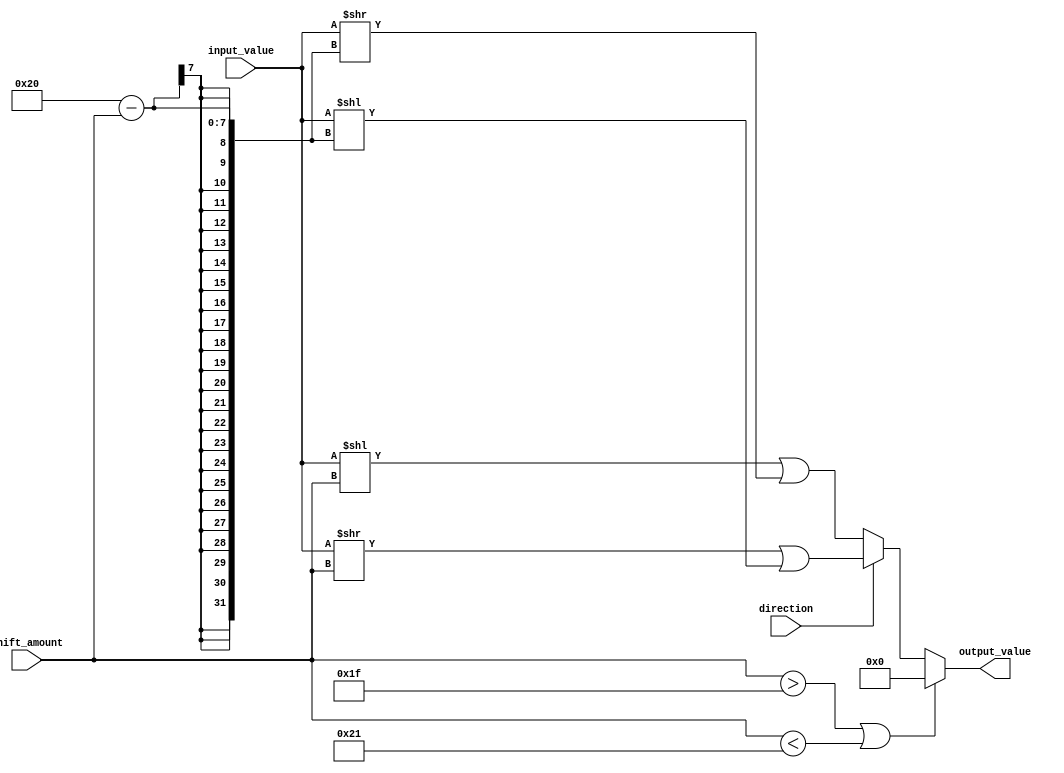
module barrel_shifter (
    input signed [31:0] input_value,
    input signed [4:0] shift_amount,
    input direction, // 0 for left shift, 1 for right shift
    output wire signed [31:0] output_value
);

reg signed [31:0] temp;

always @* begin
    if (shift_amount > 31 || shift_amount < -31) begin
        output_value = 0; // Handle shifting beyond input value length
    end else if (direction == 0) begin
        temp = input_value << shift_amount;
        output_value = temp | (input_value >> (32 - shift_amount));
    end else begin
        temp = input_value >> shift_amount;
        output_value = temp | (input_value << (32 - shift_amount));
    end
end

endmodule